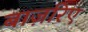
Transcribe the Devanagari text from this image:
बाज़रिए